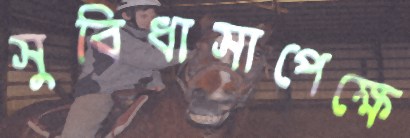
সুবিধাসাপেক্ষে